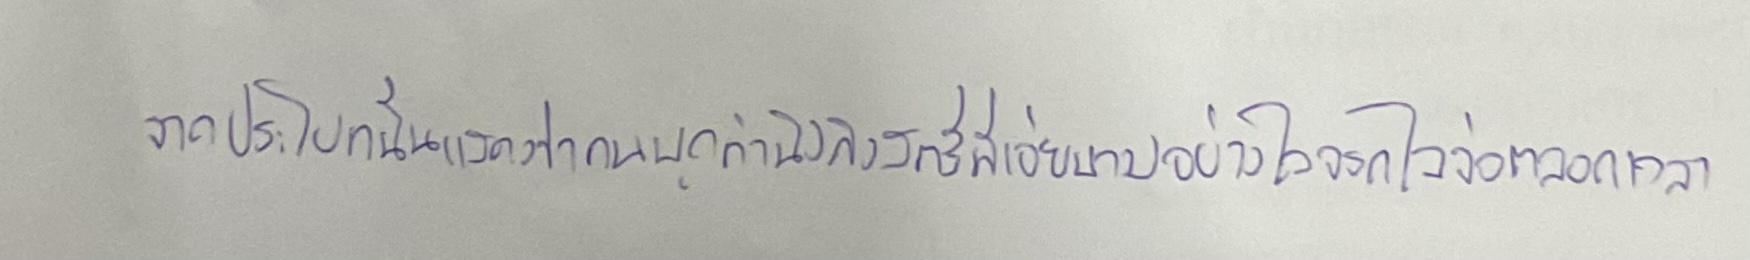
จากประโยคนั้นแสดงว่าคนพูดคำนึงถึงสตรีที่เอ่ยนามอย่างใจจรดใจจ่อตลอดเวลา